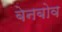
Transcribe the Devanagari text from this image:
बेनबोव